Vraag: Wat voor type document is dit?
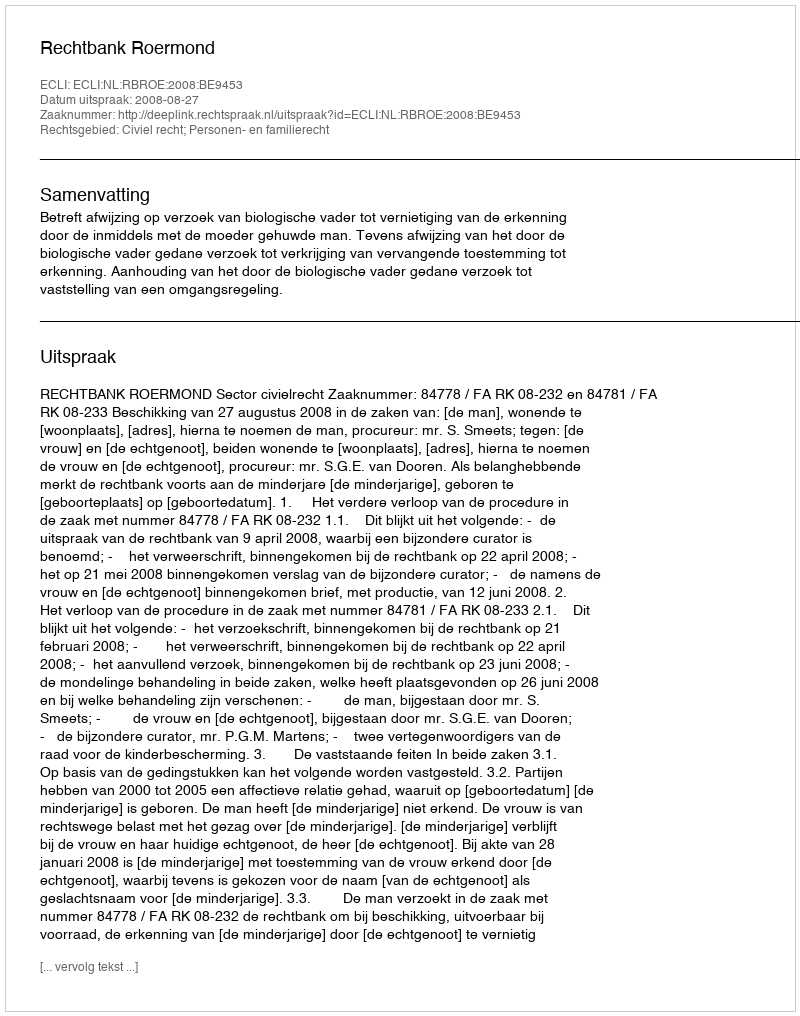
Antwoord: Uitspraak